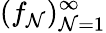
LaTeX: (f_{\mathcal{N}})_{\mathcal{N}=1}^{\infty}